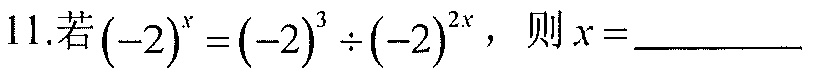
11.若\((-2)^{x}=(-2)^{3}\div(-2)^{2x}\)，则\(x = \_\_\_\_\_\)